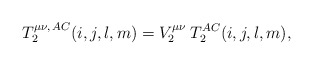
\begin{align*}T_2^{\mu \nu,\,AC}(i,j,l,m)=V_2^{\mu\nu}\:T_2^{AC}(i,j,l,m),\end{align*}